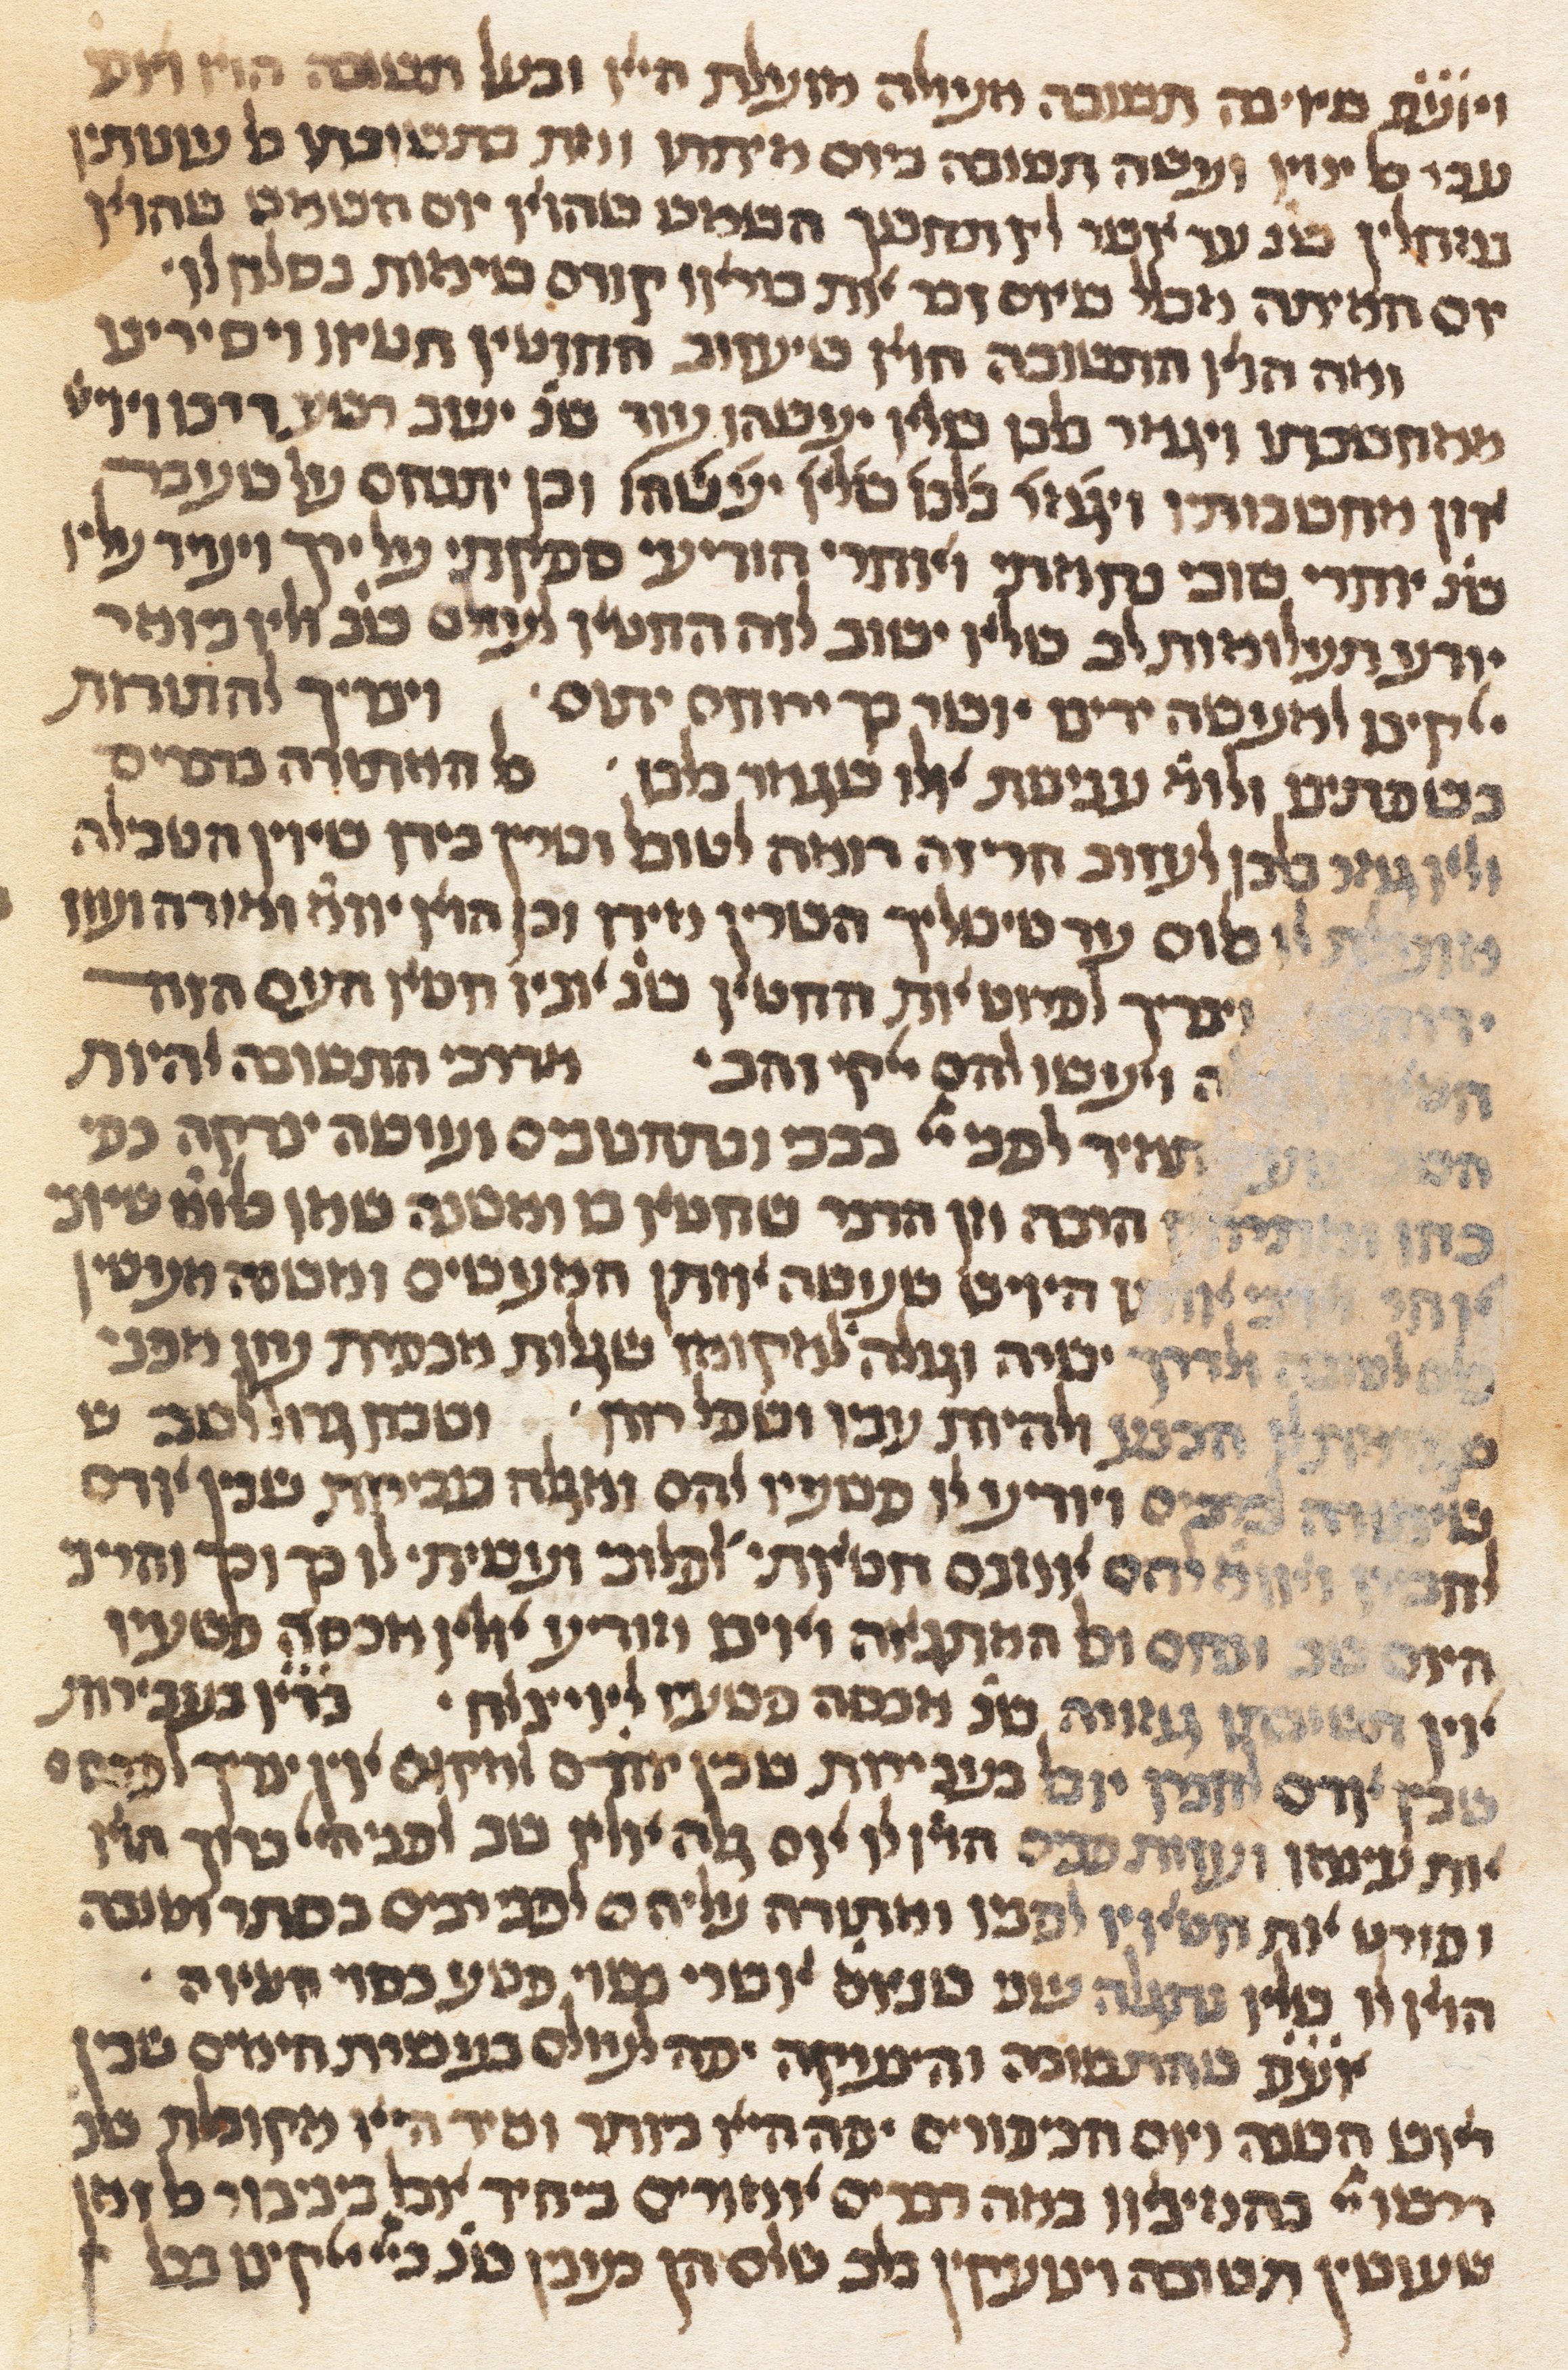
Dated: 1300–1349